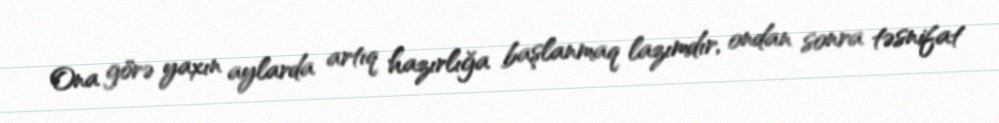
Ona görə yaxın aylarda artıq hazırlığa başlanmaq lazımdır, ondan sonra təsnifat